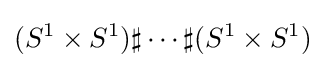
(S^{1}\times S^{1})\sharp \cdots \sharp (S^{1}\times S^{1})